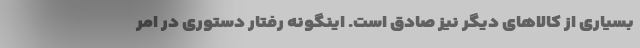
بسیاری از کالاهای دیگر نیز صادق است. اینگونه رفتار دستوری در امر